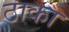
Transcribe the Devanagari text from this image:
ठाका